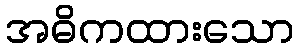
အဓိကထားသော